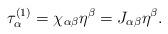
LaTeX: \begin{align*}\tau_\alpha ^{(1)} =\chi_{\alpha\beta} \eta^\beta =J_{\alpha\beta}\eta^\beta. \end{align*}